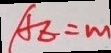
A E = m